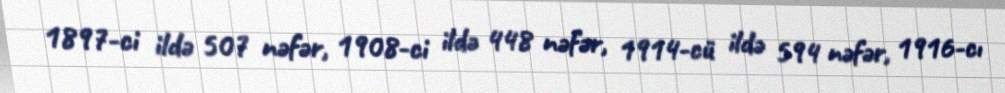
1897-ci ildə 507 nəfər, 1908-ci ildə 448 nəfər, 1914-cü ildə 594 nəfər, 1916-cı